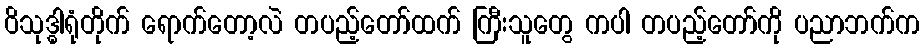
ဝိသုဒ္ဓါရုံတိုက် ရောက်တော့လဲ တပည့်တော်ထက် ကြီးသူတွေ ကပါ တပည့်တော်ကို ပညာဘက်က